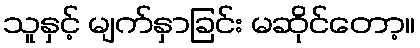
သူနှင့် မျက်နှာခြင်း မဆိုင်တော့။